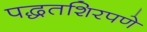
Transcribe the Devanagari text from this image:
पद्धतशिरपणे